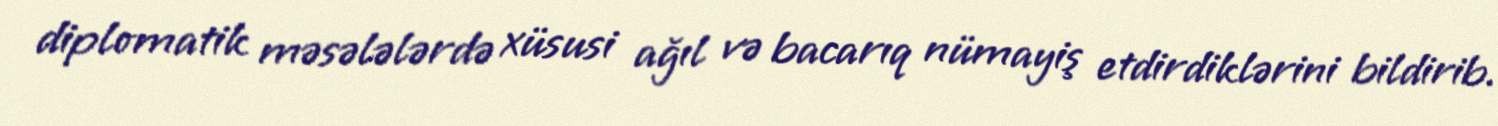
diplomatik məsələlərdə xüsusi ağıl və bacarıq nümayiş etdirdiklərini bildirib.